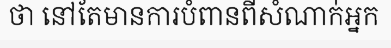
ថា នៅតែមានការបំពានពីសំណាក់អ្នក